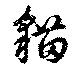
猫